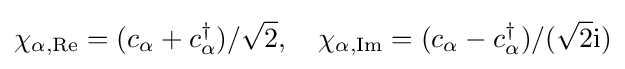
\chi _{\alpha ,{\text{Re}}}=(c_{\alpha }+c_{\alpha }^{\dagger })/{\sqrt {2}},\quad \chi _{\alpha ,{\text{Im}}}=(c_{\alpha }-c_{\alpha }^{\dagger })/({\sqrt {2}}\mathrm {i} )